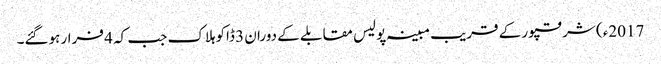
2017ء) شرقپور کے قریب مبینہ پولیس مقابلے کے دوران 3 ڈاکوہلاک جب کہ 4 فرار ہوگئے۔